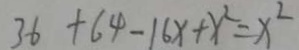
3 6 + 6 4 - 1 6 x + x ^ { 2 } = x ^ { 2 }